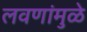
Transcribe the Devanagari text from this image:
लवणांमुळे